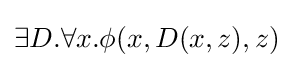
\exists D.\forall x.\phi (x,D(x,z),z)